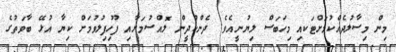
މިން މިސާލުދެއްކުމަށްޓަކއި މިހަބަސް ލިޔުނީއެވެ. ދެންކުދީން ލޮއްސުމަށާއި ފޫހިފިލުވުމަށް ކިޔާ އުޅޭ ބާވަތުގެ